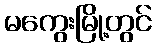
မကွေးမြို့တွင်